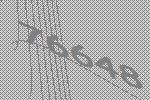
76648